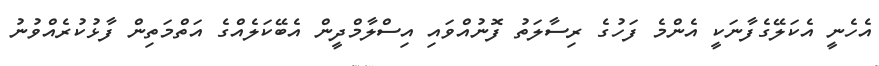
އެހެނީ އެކަލޭގެފާނަކީ އެންމެ ފަހުގެ ރިސާލަތު ފޮނުއްވައި އިސްލާމްދީން އެބޭކަލެއްގެ އަތްމަތިން ފާޅުކުރެއްވުނު